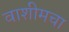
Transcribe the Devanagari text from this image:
वाशीमचा